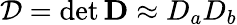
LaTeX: \mathcal{D}=\operatorname*{det}{\mathbf{D}}\approx D_{a}D_{b}